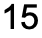
15